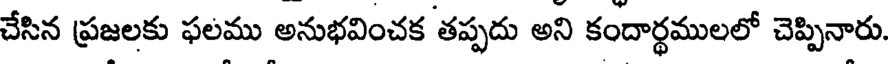
చేసిన ప్రజలకు ఫలము అనుభవించక తప్పదు అని కందార్థములలో చెప్పినారు.